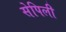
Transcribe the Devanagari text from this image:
सेपिली